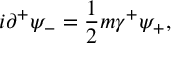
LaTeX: i { \partial } ^ { + } { \psi } _ { - } = \frac { 1 } { 2 } m { \gamma } ^ { + } { \psi } _ { + } ,